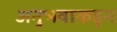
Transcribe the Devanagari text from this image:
अनुभवाकडून